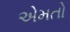
એમતો